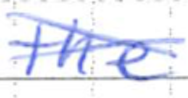
Text: the
Cross-out: cross
Writing tool: ballpoint